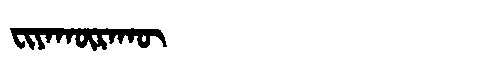
Manchu: ᠸᡳᠶᠠᡴᡡᡵᠠᡴᡡ
Romanization: FIYAKŪRAKŪ